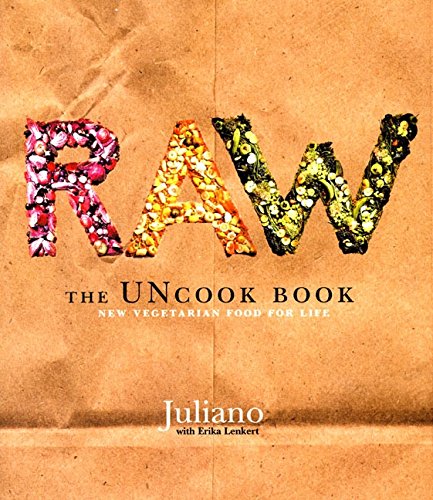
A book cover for Raw: The Uncook Book: New Vegetarian Food for Life; Juliano Brotman; Cookbooks, Food & Wine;